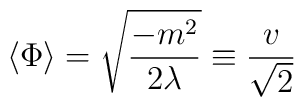
\langle \Phi \rangle = {\sqrt{-m^2 \over 2 \lambda}}  \equiv  {v \over \sqrt{2}}